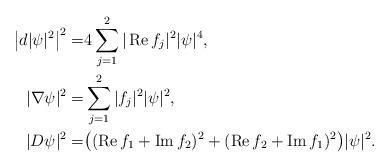
LaTeX: \begin{align*}\big|d|\psi|^2\big|^2=&4\sum_{j=1}^2|\operatorname{Re}f_j|^2|\psi|^4, \\|\nabla\psi|^2=&\sum_{j=1}^2|f_j|^2|\psi|^2, \\|D\psi|^2=&\big((\operatorname{Re}f_1+\operatorname{Im}f_2)^2+(\operatorname{Re}f_2+\operatorname{Im}f_1)^2\big)|\psi|^2.\end{align*}